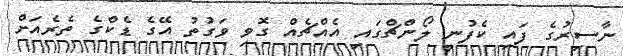
ނާސިރުގެ ފައި ކެފުނީ ލޯންޗްގައި އެއްޗެއް ގޮވި ވަގުތު އޭގެ ޑެކްގެ ތެރެއަށް